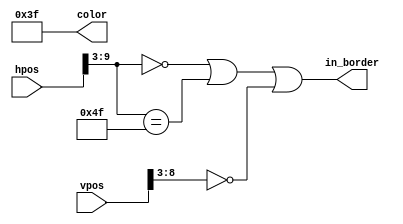
`timescale 1ns / 1ps
//////////////////////////////////////////////////////////////////////////////////
// Company:
// Engineer:
//
// Design Name:
// Module Name: border_generator
// Project Name:
// Target Devices:
// Tool Versions:
// Description:
//
// Dependencies:
//
// Revision:
// Revision 0.01 - File Created
// Additional Comments:
//
//////////////////////////////////////////////////////////////////////////////////


module p18_border_painter
#(
    parameter BORDER_WIDTH = 8
)(
    output in_border,
    output [5:0] color,
    input [9:0] hpos,
    input [8:0] vpos
);

    //                          BBGGRR
    parameter BORDER_COLOR = 6'b111111;
    parameter BORDER_LEFT = 10'd0;
    parameter BORDER_RIGHT = 10'd632;
    parameter BORDER_TOP = 9'd0;
    parameter BORDER_BIT_WIDTH = $clog2(BORDER_WIDTH);

    assign color = BORDER_COLOR;
    assign in_border = hpos[9:BORDER_BIT_WIDTH] == BORDER_LEFT[9:BORDER_BIT_WIDTH] ||
        hpos[9:BORDER_BIT_WIDTH] == BORDER_RIGHT[9:BORDER_BIT_WIDTH] ||
        vpos[8:BORDER_BIT_WIDTH] == BORDER_TOP[8:BORDER_BIT_WIDTH];
endmodule